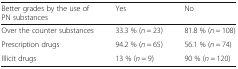
<table><thead><tr><td><b>Better grades by the use of PN substances</b></td><td><b>Yes</b></td><td><b>No</b></td></tr></thead><tbody><tr><td>Over the counter substances</td><td>33.3 % (<i>n</i> = 23)</td><td>81.8 % (<i>n</i> = 108)</td></tr><tr><td>Prescription drugs</td><td>94.2 % (<i>n</i> = 65)</td><td>56.1 % (<i>n</i> = 74)</td></tr><tr><td>Illicit drugs</td><td>13 % (<i>n</i> = 9)</td><td>90 % (<i>n</i> = 120)</td></tr></tbody></table>